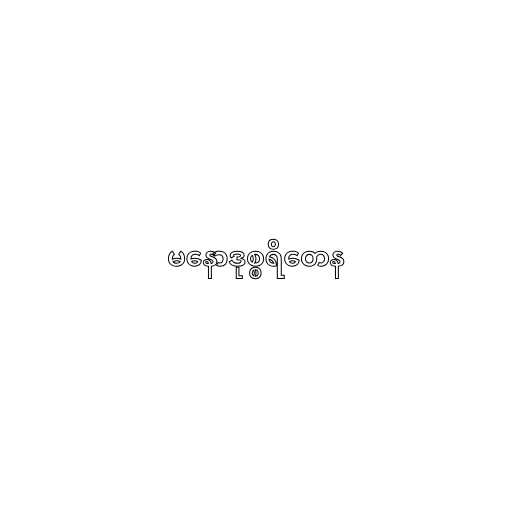
မနောဒုစ္စရိတေန